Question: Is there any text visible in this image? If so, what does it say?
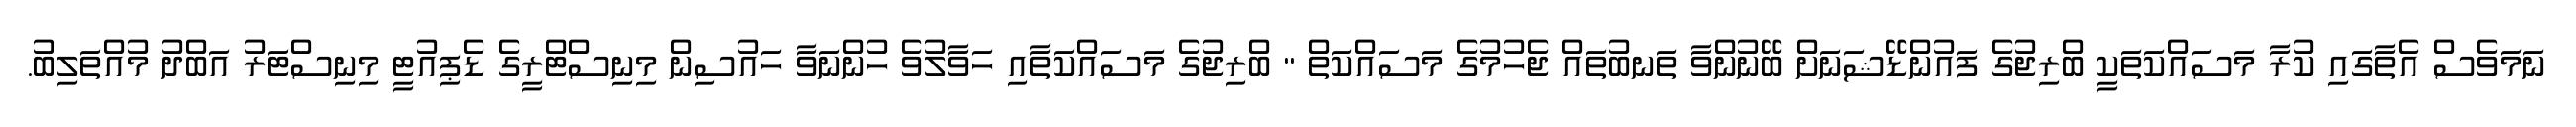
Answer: ނަމަވެސް އެތާގައި ކުރާ މަސައްކަތަކީ ބްރިޖުގެ ފައުންޑޭޝަނަށް ބޭނުންވާ ތަނބުތައް ޖެހުމުގެ މަސައްކަތް " ބްރިޖުގެ މަސައްކަތާއި ހަވާލުވެ ހުންނަވާ ހައުސިން މިނިސްޓްރީގެ ޑެޕިއުޓީ މިނިސްޓަރު އަބްދު މުއްތަލިބު.